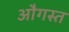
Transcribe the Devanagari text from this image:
औगस्त